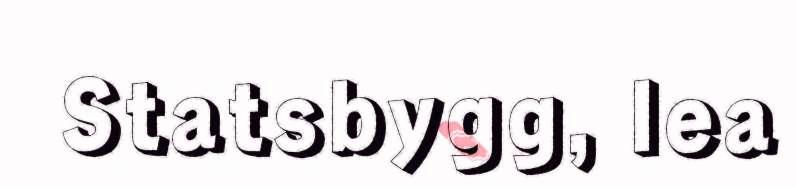
Statsbygg, lea